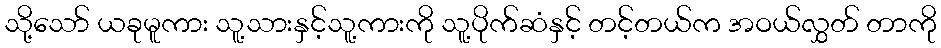
သို့သော် ယခုမူကား သူ့သားနှင့်သူ့ကားကို သူ့ပိုက်ဆံနှင့် တင့်တယ်က အဝယ်လွှတ် တာကို